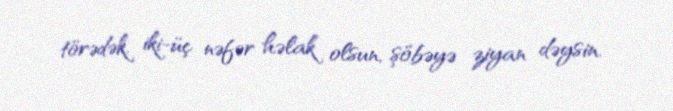
törədək, iki-üç nəfər həlak olsun, şöbəyə ziyan dəysin.